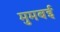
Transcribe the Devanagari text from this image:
मुमबई